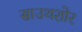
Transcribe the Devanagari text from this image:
साउथशोर